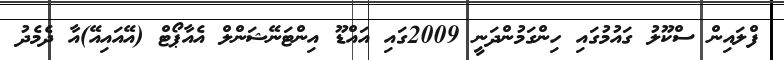
ފްލައިން ސްކޫލު ގައުމުގައި ހިންގަމުންދަނީ 2009ގައި އައްޑޫ އިންޓަނޭޝަންލް އެއާޕޯޓް (އޭއައިއޭ)އާ ދެމެދު